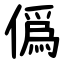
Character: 僞